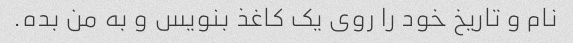
نام و تاریخ خود را روی یک کاغذ بنویس و به من بده.